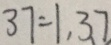
3 7 = 1 , 3 7